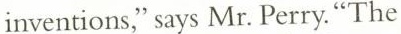
inventions," says Mr. Perry. "The